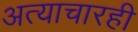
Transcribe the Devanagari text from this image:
अत्याचारही